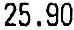
25.90